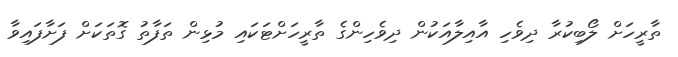
ތާރީހަށް ލޯބިކުރާ ދިވެހި އާއިލާއަކުން ދިވެހިންގެ ތާރީހަށްޓަކައި މުޅިން ތަފާތު ގޮތަކަށް ފަށާފައިވާ